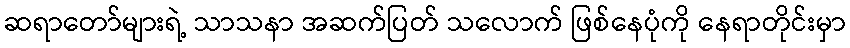
ဆရာတော်များရဲ့ သာသနာ အဆက်ပြတ် သလောက် ဖြစ်နေပုံကို နေရာတိုင်းမှာ